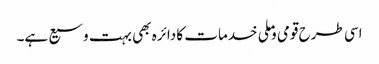
اسی طرح قومی وملی خدمات کا دائرہ بھی بہت وسیع ہے۔